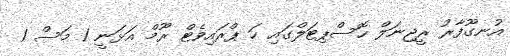
އުނގޫފާރު ރީޖިނަލް ހޮސްޕިޓަލްގައި ހަ ޕްރައިވެޓް ރޫމް އަޅަނީ 1 މަސް 1